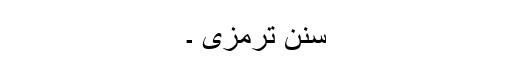
سنن ترمزی ۔